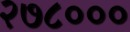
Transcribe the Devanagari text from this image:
२७८०००